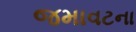
જમાવટના